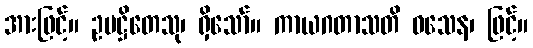
အားဖြင့်။ ဥပဋ္ဌိတေသု၊ ရှိသော်။ ကာယဂတာသတိ ဝသေန၊ ဖြင့်။